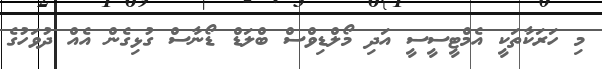
މި ހަރަކާތަކީ އެމްޓީސީސީ އަދި މޯލްޑިވްސް ބްލަޑް ޑޯނާސް ގުޅިގެން އެއް ދުވަހުގެ